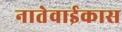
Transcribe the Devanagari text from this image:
नातेवाईकास